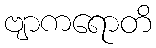
ဗျာကရောတိ